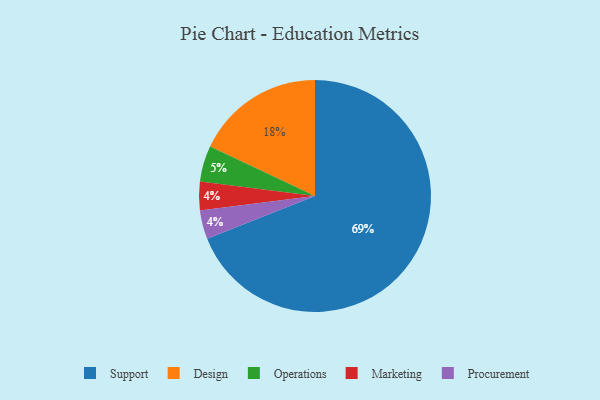
{"axis": {"x": "Category", "y": "Percentage"}, "legend": ["Design", "Marketing", "Operations", "Procurement", "Support"], "data": [{"x": "Marketing", "y": 4, "type": "Marketing"}, {"x": "Procurement", "y": 4, "type": "Procurement"}, {"x": "Operations", "y": 5, "type": "Operations"}, {"x": "Support", "y": 69, "type": "Support"}, {"x": "Design", "y": 18, "type": "Design"}]}